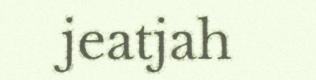
jeatjah